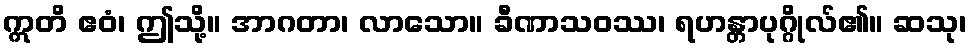
ဣတိ ဧဝံ၊ ဤသို့။ အာဂတာ၊ လာသော။ ခီဏာသဝဿ၊ ရဟန္တာပုဂ္ဂိုလ်၏။ ဆသု၊